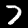
Digit: 7